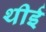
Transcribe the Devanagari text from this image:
थीई